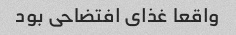
واقعا غذای افتضاحی بود